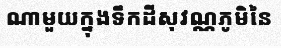
ណាមួយក្នុងទឹកដីសុវណ្ណភូមិនៃ